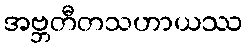
အဗ္ဘတီတသဟာယဿ